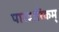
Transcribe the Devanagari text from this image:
पारदारिकम्